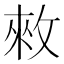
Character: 𢽟